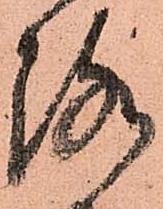
路